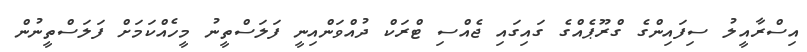
އިސްރާއީލު ސިފައިންގެ ގްރޫޕެއްގެ ގައިގައި ޖެއްސި ޓްރަކް ދުއްވަންއިނީ ފަލަސްތީނު މީހެއްކަމަށް ފަލަސްތީނުން